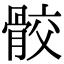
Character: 骹